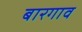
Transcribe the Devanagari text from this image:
बारगाव